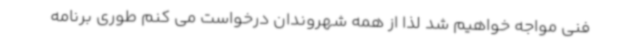
فنی مواجه خواهیم شد لذا از همه شهروندان درخواست می کنم طوری برنامه